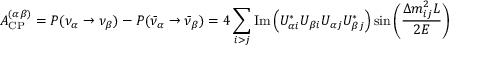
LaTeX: A _ { \mathrm { C P } } ^ { ( \alpha \beta ) } = P ( \nu _ { \alpha } \rightarrow \nu _ { \beta } ) - P ( { \bar { \nu } } _ { \alpha } \rightarrow { \bar { \nu } } _ { \beta } ) = 4 \sum _ { i > j } \operatorname { I m } \left( U _ { \alpha i } ^ { * } U _ { \beta i } U _ { \alpha j } U _ { \beta j } ^ { * } \right) \sin \left( { \frac { \Delta m _ { i j } ^ { 2 } L } { 2 E } } \right)